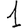
Digit: 1